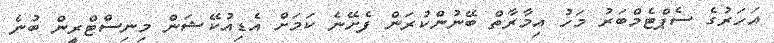
އަހަރުގެ ސެޕްޓެމްބަރު މަހު އިމާރާތް ބޭނުންކުރަން ފެށޭނެ ކަމަށް އެޑިއުކޭޝަން މިނިސްޓްރީން ބުނެ